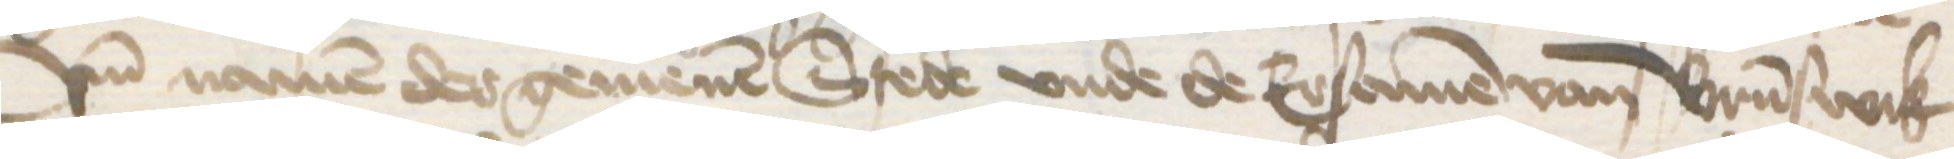
vnd namen der gemenen Stede vnde de Ersamen van Brunswik